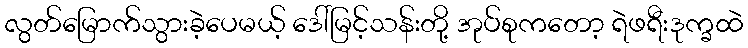
လွတ်မြောက်သွားခဲ့ပေမယ့် ဒေါ်မြင့်သန်းတို့ အုပ်စုကတော့ ရဲဖရီးဒုက္ခထဲ